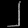
Digit: ၂